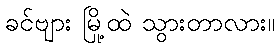
ခင်ဗျား မြို့ထဲ သွားတာလား။